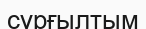
сұрғылтым